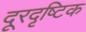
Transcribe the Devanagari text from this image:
दूरदृष्टिक